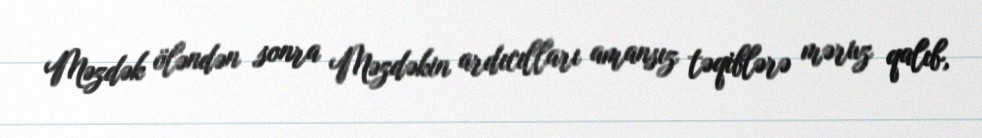
Məzdək öləndən sonra Məzdəkin ardıcılları amansız təqiblərə məruz qalıb,